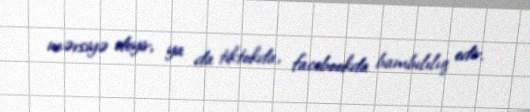
mərsiyə deyir, ya da tiktokda, facebookda bambılılıq edir.